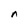
Character: n